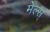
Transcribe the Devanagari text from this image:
मेल्स्